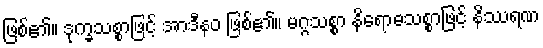
ဖြစ်၏။ ဒုက္ခသစ္စာဖြင့် အာဒီနဝ ဖြစ်၏။ မဂ္ဂသစ္စာ နိရောဓသစ္စာဖြင့် နိဿရဏ